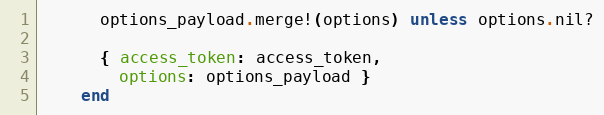
Language: Ruby
      options_payload.merge!(options) unless options.nil?

      { access_token: access_token,
        options: options_payload }
    end